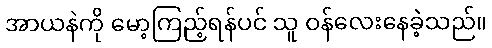
အာယနဲကို မော့ကြည့်ရန်ပင် သူ ဝန်လေးနေခဲ့သည်။